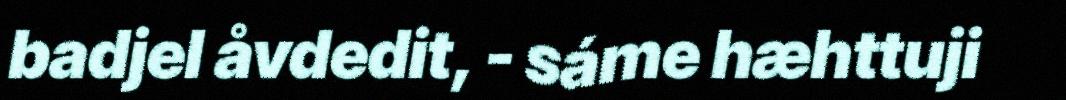
badjel åvdedit, - sáme hæhttuji